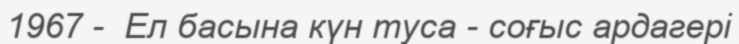
1967 -  Ел басына күн туса - соғыс ардагері